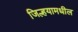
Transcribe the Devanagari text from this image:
जिल्हयामधील